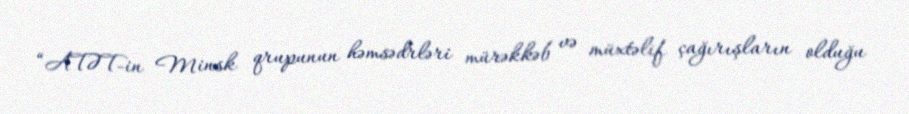
“ATƏT-in Minsk qrupunun həmsədrləri mürəkkəb və müxtəlif çağırışların olduğu